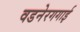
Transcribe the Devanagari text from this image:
वडनेरगगाई